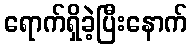
ရောက်ရှိခဲ့ပြီးနောက်